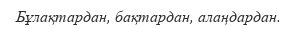
Бұлақтардан, бақтардан, алаңдардан.